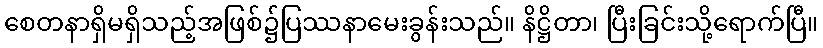
စေတနာရှိမရှိသည့်အဖြစ်၌ပြဿနာမေးခွန်းသည်။ နိဋ္ဌိတာ၊ ပြီးခြင်းသို့ရောက်ပြီ။